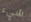
شيء